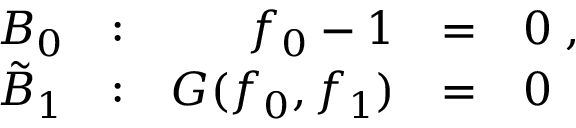
\begin{array} { r r r l l } { { { \cal B } _ { 0 } } } & { { : } } & { { f _ { 0 } - 1 } } & { { = } } & { { 0 \; , } } \\ { { \tilde { \cal B } _ { 1 } } } & { { : } } & { { G ( f _ { 0 } , f _ { 1 } ) } } & { { = } } & { { 0 } } \end{array}